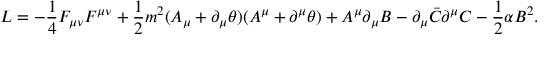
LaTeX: { \cal L } = - \frac { 1 } { 4 } F _ { \mu \nu } F ^ { \mu \nu } + \frac { 1 } { 2 } m ^ { 2 } ( A _ { \mu } + \partial _ { \mu } \theta ) ( A ^ { \mu } + \partial ^ { \mu } \theta ) + A ^ { \mu } \partial _ { \mu } B - \partial _ { \mu } \bar { \cal C } \partial ^ { \mu } { \cal C } - \frac { 1 } { 2 } \alpha B ^ { 2 } .